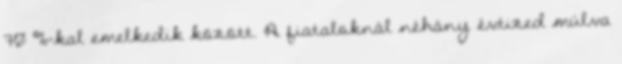
70 %-kal emelkedik között. A fiataloknál néhány évtized múlva